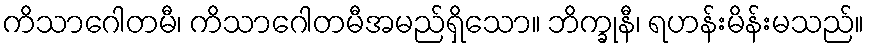
ကိသာဂေါတမီ၊ ကိသာဂေါတမီအမည်ရှိသော။ ဘိက္ခုနီ၊ ရဟန်းမိန်းမသည်။